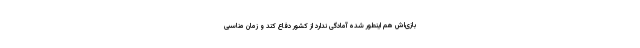
بازی‌اش هم اینطور شده آمادگی ندارد از کشور دفاع کند و زمان مناسبی